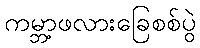
ကမ္ဘာ့ဖလားခြေစစ်ပွဲ